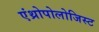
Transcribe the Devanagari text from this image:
एंथ्रोपोलोजिस्ट